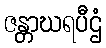
ဇန္တာဃရပီဌံ